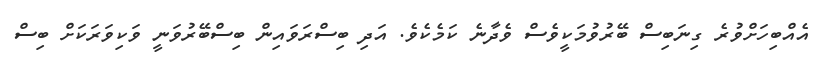
އެއްބިހަށްވުރެ ގިނަބިސް ބޭރުވުމަކީވެސް ވެދާނެ ކަމެކެވެ. އަދި ބިސްރަވައިން ބިސްބޭރުވަނީ ވަކިވަރަކަށް ބިސް